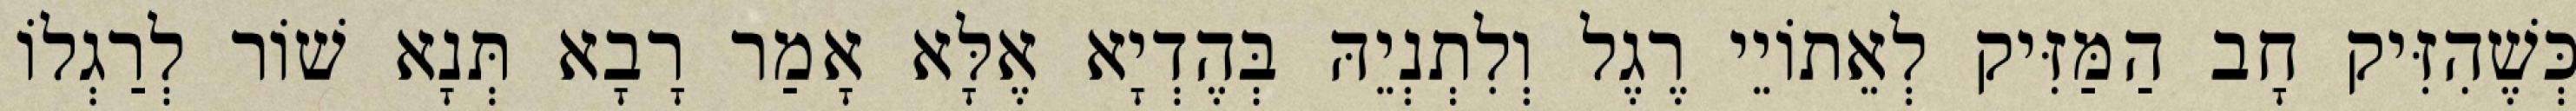
כְּשֶׁהִזִּיק חָב הַמַּזִּיק לְאֵתוֹיֵי רֶגֶל וְלִתְנְיֵהּ בְּהֶדְיָא אֶלָּא אָמַר רָבָא תְּנָא שׁוֹר לְרַגְלוֹ